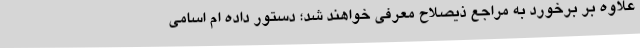
علاوه بر برخورد به مراجع ذیصلاح معرفی خواهند شد؛ دستور داده ام اسامی